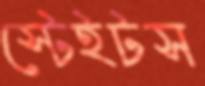
স্টেইটস